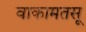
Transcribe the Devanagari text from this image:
वाकामतसू